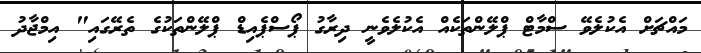
މައްޗަށް އެކުލެވޭ ސްމާޓް ޕްލޭންތަކެއް އެކުލެވެނީ ދިރާގު ޕޯސްޕެއިޑް ޕްލޭންތަކުގެ ތެރޭގައި" އިމްޖާދު